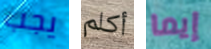
يجب أكلم إيما